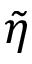
\tilde { \eta }